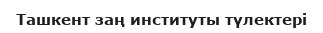
Ташкент заң институты түлектері